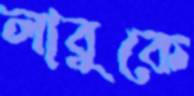
লাবুকে